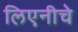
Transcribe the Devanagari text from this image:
लिएनीचे